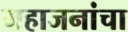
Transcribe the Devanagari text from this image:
महाजनांचा